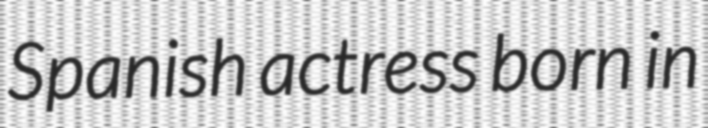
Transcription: Spanish actress born in